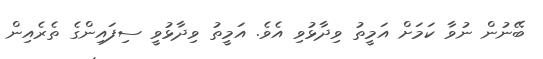
ބޭނުން ނުވާ ކަމަށް އަމީތު ވިދާޅުވި އެވެ. އަމީތު ވިދާޅުވީ ސިފައިންގެ ތެރެއިން